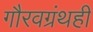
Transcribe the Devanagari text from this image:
गौरवग्रंथही